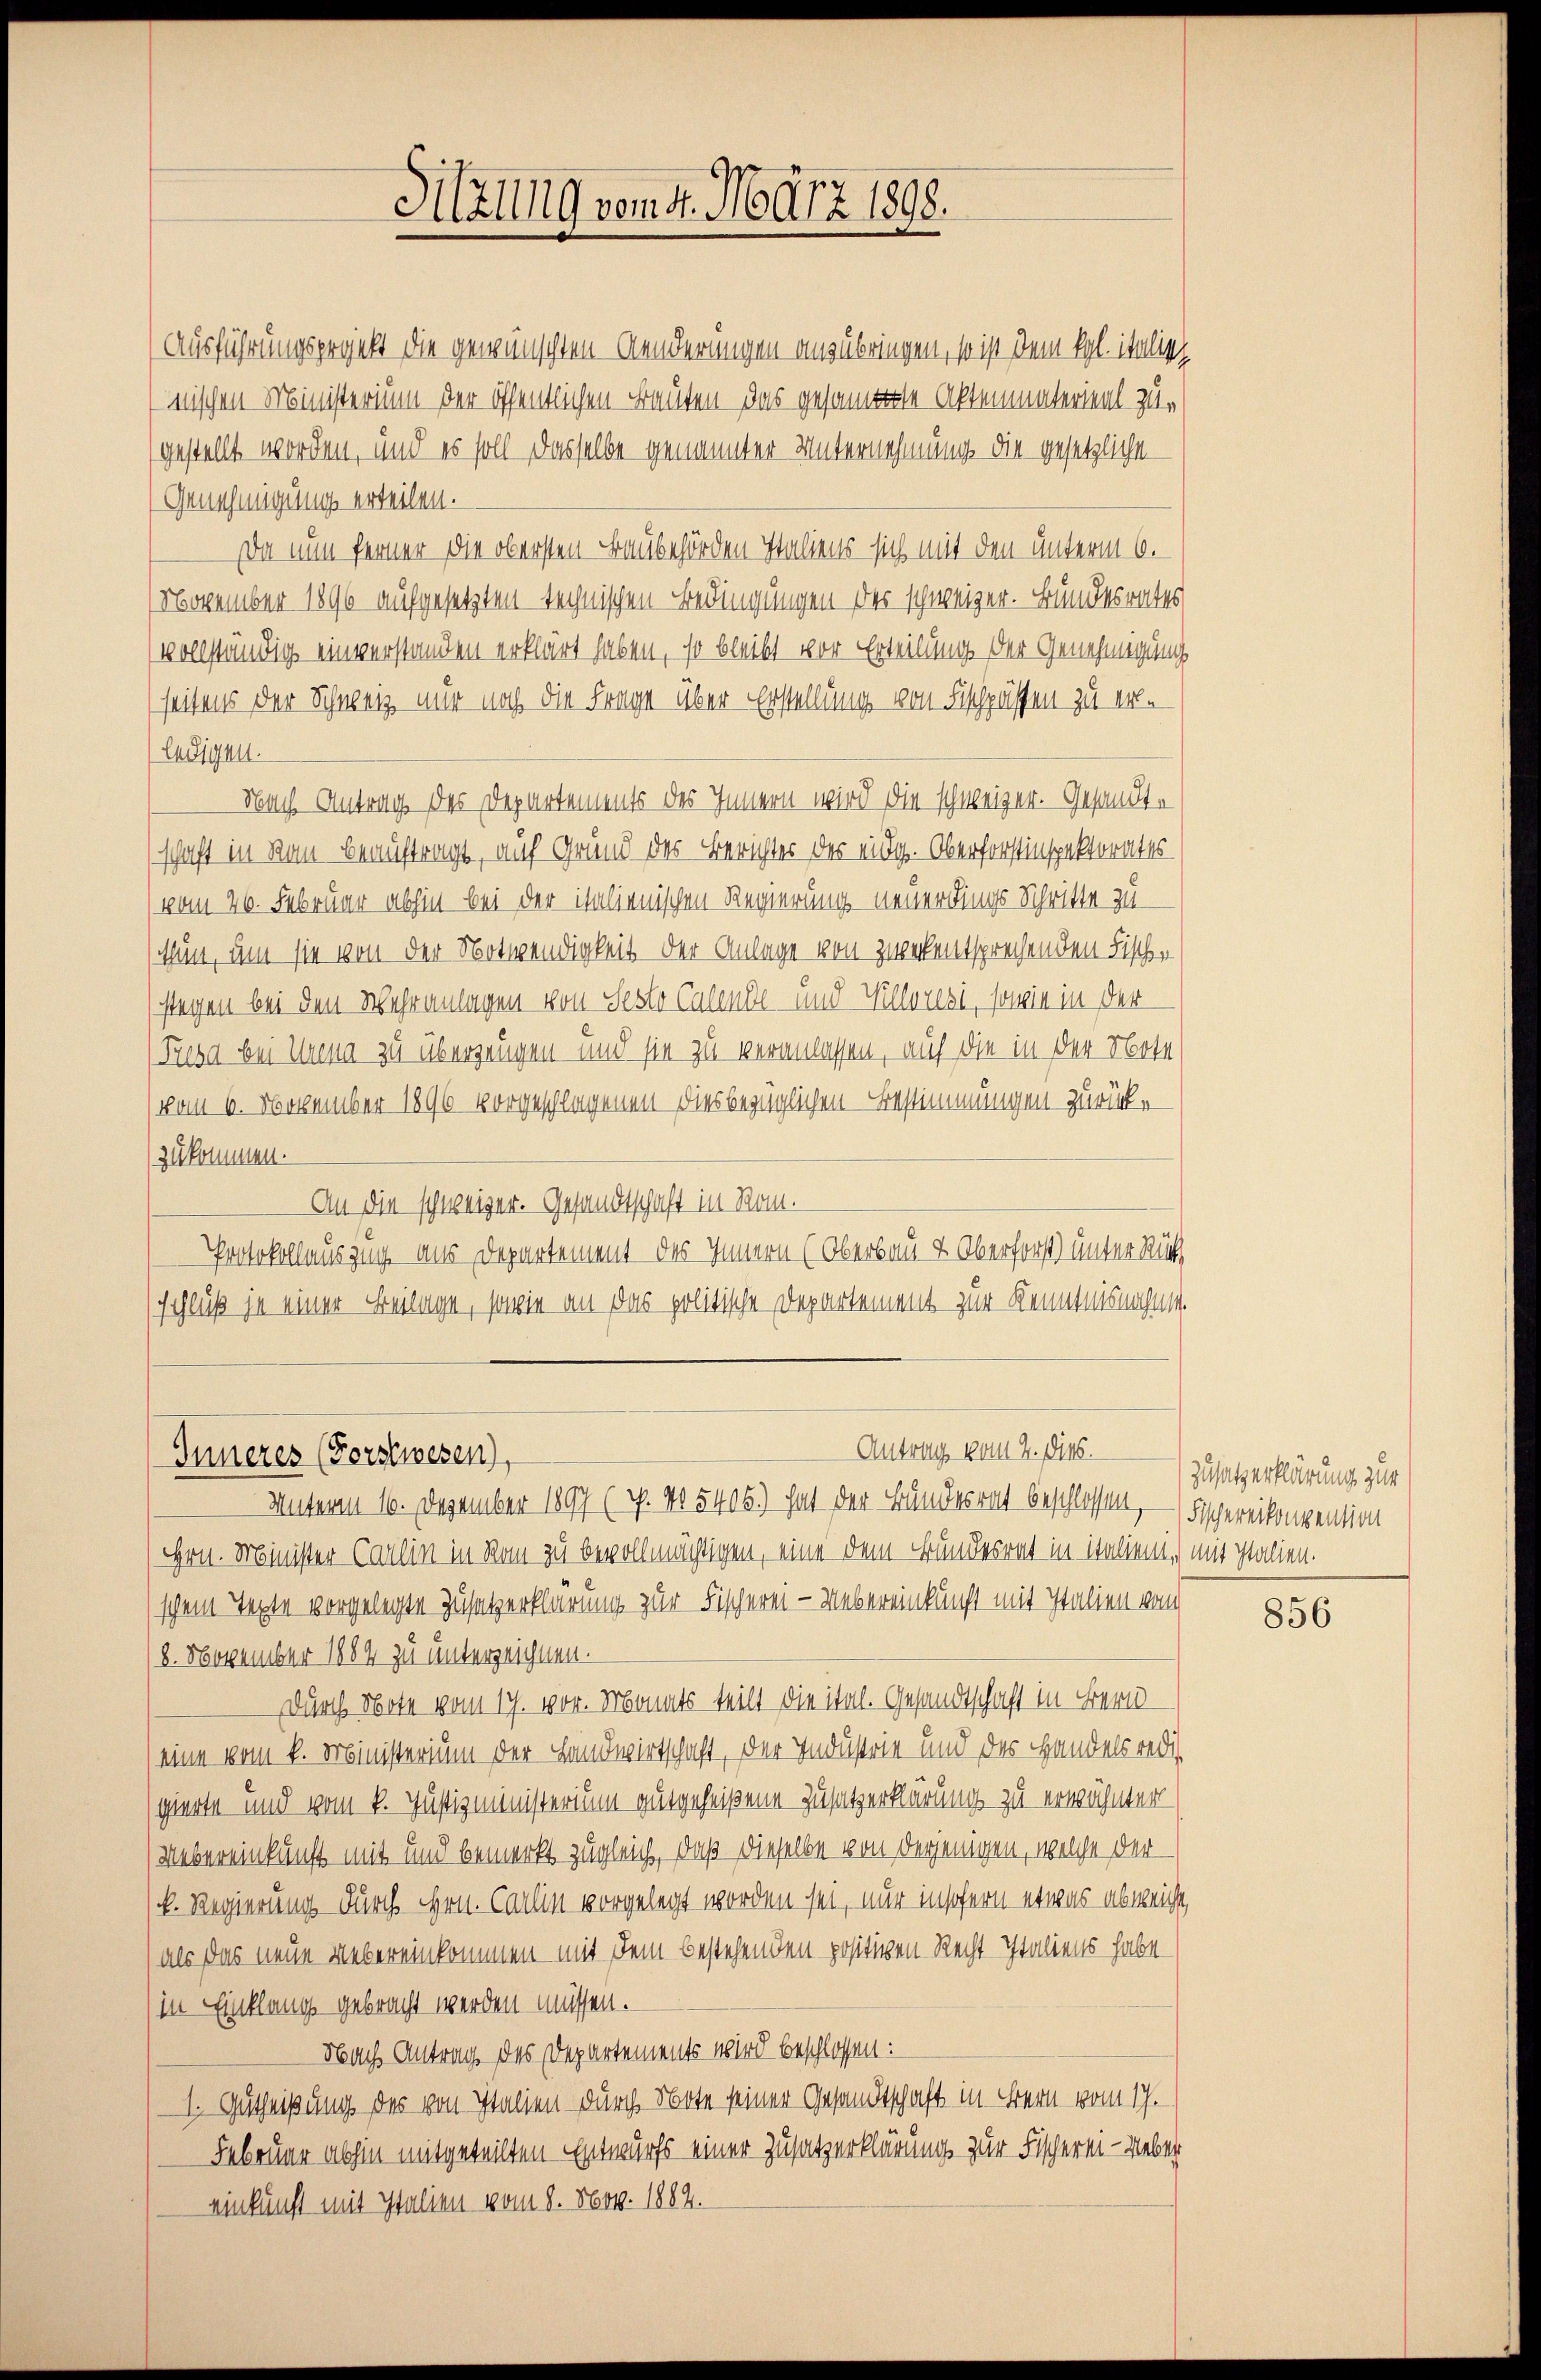
Inneres (Forstwesen),

Sitzung vom 4. März 1898.

Ausführungsprojekt die gewünschten Aenderungen anzubringen, so ist dem Kgl. italisch
nischen Ministerium der öffentlichen Bauten das gesammte Aktenmaterial zugestellt worden, und es soll dasselbe genannter Unternehmung die gesetzliche
(Genehmigung erteilen.
Da nun ferner die obersten Baubehörden Italiens sich mit den unterm 6.
November 1896 aufgesetzten technischen Bedingungen des schweizer. Bundesrates
vollständig einverstanden erklärt haben, so bleibt vor Erteilung der Genehmigung
seitens der Schweiz nur noch die Frage über Erstellung von Fischpässen zu er-
ledigen.
Nach Antrag des Departements des Innern wird die schweizer. Gesandtschaft in Rau beauftragt, auf Grund des Berichter der eidg. Oberforstinspektorates
vom 26. Februar abhin bei der italienischen Regierung neuerdings Schritte zu
thun, um sie von der Notwendigkeit der Anlage von zweckentsprechenden Fischen
stagen bei den Wehranlagen von Sesto Calante und Maleresi, sowie in der
Tusa bei Anna zu überzeugen und sie zu veranlassen, auf die in der Note
(vom 6. November 1896 vorgeschlagenen diesbezüglichen Bestimmungen zurückzukommen.
An die schweizer. Gesandtschaft in Rom.
Protokollauszug aus Departement des Innern (Oberbau- & Oberforst) unter Rück
(schluß ja einer Beilage, sowie an das politische Departement zur Kenntnisnahme.

Antrag vom 2. Dies

Unterm 10. Dezember 1897 (p. No 5406.) hat der Bundesrat beschlossen, — Fischereikonvention
Hrn. Minister Carlin in Rom zu bevollmächtigen, eine dem Bundesrat in italien, mit Italien.
schem Texte vorgelegte Zusatzerklärung zur Fischerei - Uebereinkunft mit Italien vom
8. November 1884 zu unterzeichnen.
durch Note vom 17. vor. Monats teilt die itel. Gesandtschaft in Bern
eine vom k. Ministerium der Landwirtschaft, der Industrie und des Handels redi
gierte und vom k. Justizministerium gutgeheißene Zusatzerklärung zu erwähnter
Uebereinkunft mit und bemerkt zugleich, daß dieselbe von derjenigen, welche der
k. Regierung durch Hrn. Carlin vorgelegt worden sei, nur insofern etwas abweicht,
als das neue Uebereinkommen mit dem bestehenden positiven Recht-Italiens habe
in Einklang gebracht werden müssen.
Nach Antrag des Departements wird beschlossen:
1. Gutheißung des von Italien durch Note seiner Gesandtschaft in Bern vom 17.
Februar abhin mitgeteilten Entwurfs einer Zusatzerklärungs zur Fischerei-Ueber
einkunft mit Italien vom 8. Nov. 1882.

Zusatz erklärung zur

856